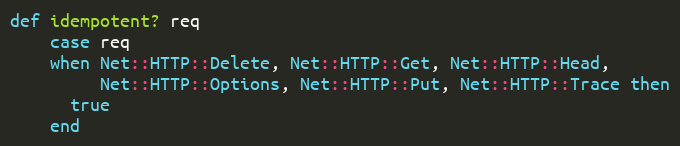
Language: Ruby
def idempotent? req
    case req
    when Net::HTTP::Delete, Net::HTTP::Get, Net::HTTP::Head,
         Net::HTTP::Options, Net::HTTP::Put, Net::HTTP::Trace then
      true
    end